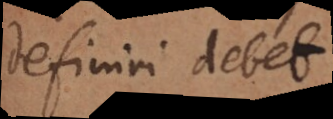
definiri debet